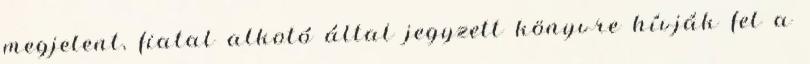
megjelent, fiatal alkotó által jegyzett könyvre hívják fel a